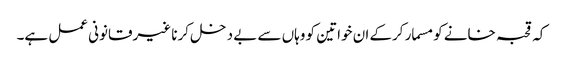
کہ قحبہ خانے کو مسمار کرکے ان خواتین کو وہاں سے بے دخل کرنا غیرقانونی عمل ہے۔